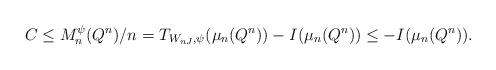
LaTeX: \begin{align*}C \le M_n^{\psi}(Q^n)/n = T_{W_{nJ},\psi}(\mu_n(Q^n)) - I(\mu_n(Q^n)) \le - I(\mu_n(Q^n)).\end{align*}